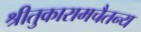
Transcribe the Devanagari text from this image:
श्रीतुकारामचैतन्य